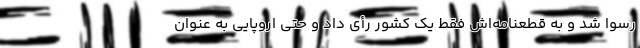
رسوا شد و به قطعنامه‌اش فقط یک کشور رأی داد و حتی اروپایی به عنوان